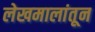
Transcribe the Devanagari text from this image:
लेखमालांतून